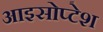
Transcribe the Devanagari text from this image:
आइसोप्टेश